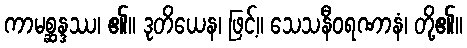
ကာမစ္ဆန္ဒဿ၊ ၏။ ဒုတိယေန၊ ဖြင့်။ သေသနီဝရဏာနံ၊ တို့၏။